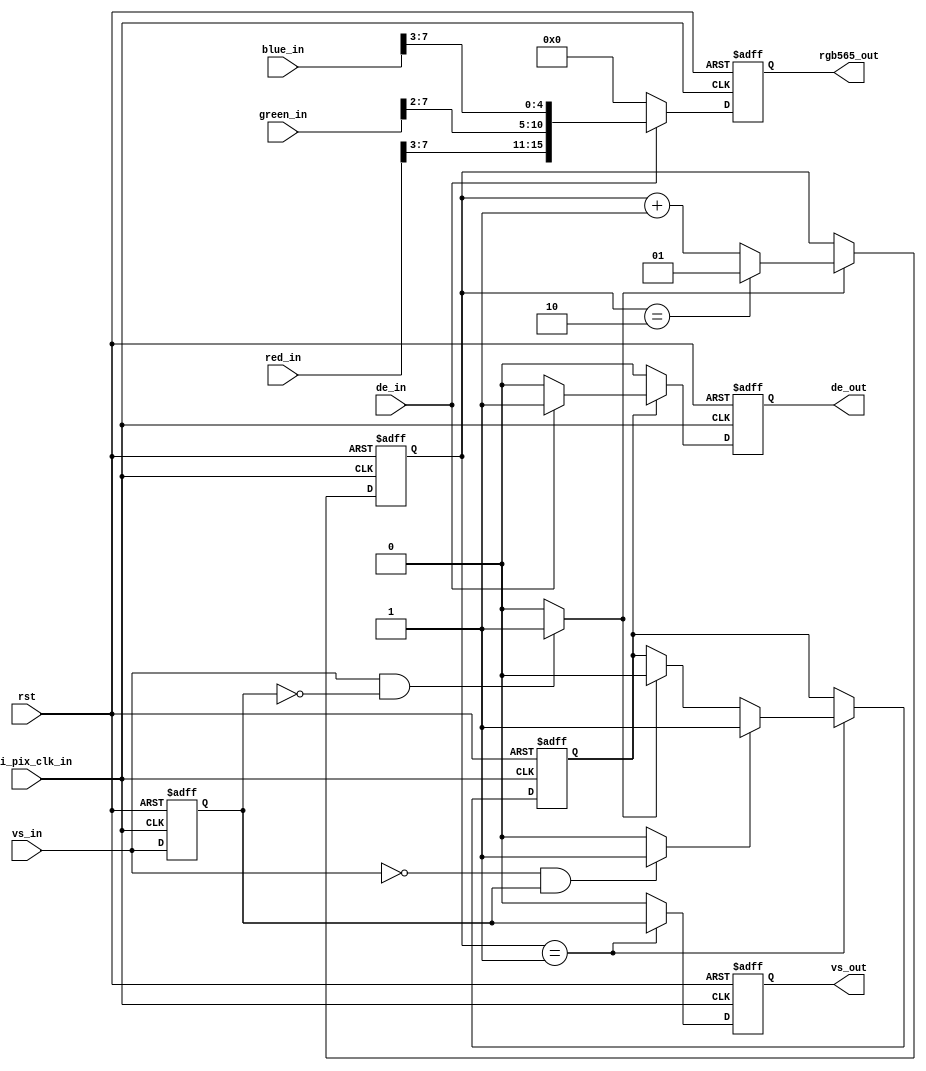
/* =======================================================================
* Copyright (c) 2023, MongooseOrion.
* All rights reserved.
*
* The following code snippet may contain portions that are derived from
* OPEN-SOURCE communities, and these portions will be licensed with: 
*
* <NULL>
*
* If there is no OPEN-SOURCE licenses are listed, it indicates none of
* content in this Code document is sourced from OPEN-SOURCE communities. 
*
* In this case, the document is protected by copyright, and any use of
* all or part of its content by individuals, organizations, or companies
* without authorization is prohibited, unless the project repository
* associated with this document has added relevant OPEN-SOURCE licenses
* by github.com/MongooseOrion. 
*
* Please make sure using the content of this document in accordance with 
* the respective OPEN-SOURCE licenses. 
* 
* THIS CODE IS PROVIDED BY https://github.com/MongooseOrion. 
* ========================================================================
*/
// HDMI  30 rgb888  rgb565
//  RAM  VESA 

module hdmi_data_in(
    input               hdmi_pix_clk_in,
    input               rst,

    input [7:0]         red_in,
    input [7:0]         green_in,
    input [7:0]         blue_in,
    input               vs_in,
    input               de_in,

    output              vs_out,         //  VESA 
    output              de_out,
    output      [15:0]  rgb565_out
);

wire        pose_vs_in;
wire        nege_vs_in;

reg         vs_out_temp;
reg [15:0]  rgb565_temp;
reg         vs_in_1;
reg         de_out_temp;
reg         frame_en;
reg [1:0]   frame_count;


assign pose_vs_in = ((vs_in) && (~vs_in_1)) ? 1'b1 : 1'b0;
assign nege_vs_in = ((~vs_in) && (vs_in_1)) ? 1'b1 : 1'b0;


// 
// 
always @(posedge hdmi_pix_clk_in or negedge rst) begin
    if(!rst) begin
        vs_in_1 <= 'b0;
    end
    else begin
        vs_in_1 <= vs_in;
    end
end

// 
always @(posedge hdmi_pix_clk_in or negedge rst) begin
    if (!rst) begin
        vs_out_temp <= 1'b0;
    end
    else if(frame_count == 2'd1) begin
        vs_out_temp <= vs_in_1;
    end
    else begin
        vs_out_temp <= 1'b0;
    end
end
assign vs_out = vs_out_temp;


// 
always @(posedge hdmi_pix_clk_in or negedge rst) begin
    if(!rst) begin
        frame_count <= 'b0;
    end
    else if(pose_vs_in) begin
        if(frame_count == 2'd2) begin
            frame_count <= 2'd1;
        end
        else begin
            frame_count <= frame_count + 1'b1;
        end
    end
    else begin
        frame_count <= frame_count;
    end
end


// 
always @(posedge hdmi_pix_clk_in or negedge rst) begin
    if(!rst) begin
        frame_en <= 'b0;
    end
    else if(frame_count == 2'd1) begin
        if(nege_vs_in) begin
            frame_en <= 1'b1;
        end
        else if(pose_vs_in) begin
            frame_en <= 1'b0;
        end
        else begin
            frame_en <= frame_en;
        end
    end
    else begin
        frame_en <= frame_en;
    end
end


//  RAM 
always @(posedge hdmi_pix_clk_in or negedge rst) begin
    if(!rst) begin
        de_out_temp <= 'b0;
    end
    else if(frame_en) begin
        if(de_in) begin
            de_out_temp <= 1'b1;
        end
        else begin
            de_out_temp <= 1'b0;
        end
    end
    else begin
        de_out_temp <= 1'b0;
    end
end
assign de_out = de_out_temp;


// rgb888  rgb565
always @(posedge hdmi_pix_clk_in or negedge rst) begin
    if(!rst) begin
        rgb565_temp <= 'b0;
    end
    else if(de_in) begin                //  de_out 
        rgb565_temp <= {red_in[7:3],green_in[7:2],blue_in[7:3]};
    end
    else begin
        rgb565_temp <= 16'b0;
    end
end
assign rgb565_out = rgb565_temp;

endmodule